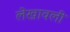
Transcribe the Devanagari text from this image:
लेखावली